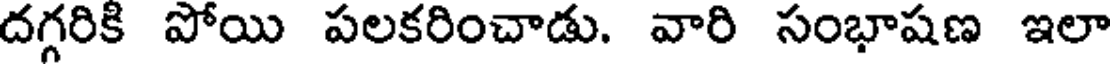
దగ్గరికి పోయి పలకరించాడు. వారి సంభాషణ ఇలా